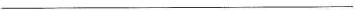
___________________________________